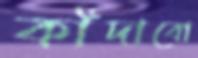
কাঁদাবো